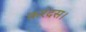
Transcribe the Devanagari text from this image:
करंदस।